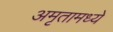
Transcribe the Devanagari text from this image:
अमृतामध्ये